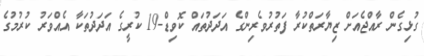
ގުޅިގެން ރާއްޖެއަށް ޒިޔާރަތްކުރާ ފަތުރުވެރިންގެ އަދަދުތައް ކޮވިޑް-19 ކުރީގެ އަދަދުތަކާ އެއްވަރު ކުރުމުގެ